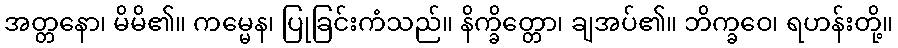
အတ္တနော၊ မိမိ၏။ ကမ္မေန၊ ပြုခြင်းကံသည်။ နိက္ခိတ္တော၊ ချအပ်၏။ ဘိက္ခဝေ၊ ရဟန်းတို့။